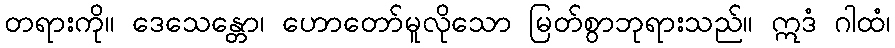
တရားကို။ ဒေသေန္တော၊ ဟောတော်မူလိုသော မြတ်စွာဘုရားသည်။ ဣဒံ ဂါထံ၊